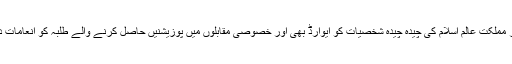
اس موقع پر صدر مملکت عالم اسلام کی چیدہ چیدہ شخصیات کو ایوارڈ بھی اور خصوصی مقابلوں میں پوزیشنیں حاصل کرنے والے طلبہ کو انعامات دئیے جاتے تھے۔